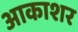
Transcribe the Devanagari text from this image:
आकाशर